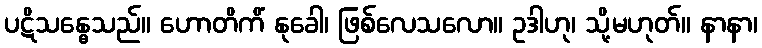
ပဋိသန္ဓေသည်။ ဟောတိကိံ နုခေါ၊ ဖြစ်လေသလော။ ဥဒါဟု၊ သို့မဟုတ်။ နာနာ၊